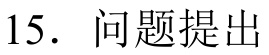
15. 问题提出